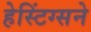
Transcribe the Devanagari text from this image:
हेस्टिंग्सने